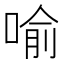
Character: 喻